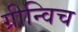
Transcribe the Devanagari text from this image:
ग्रीन्विच